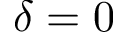
\delta = 0